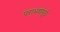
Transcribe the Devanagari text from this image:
पराभवांमूळे